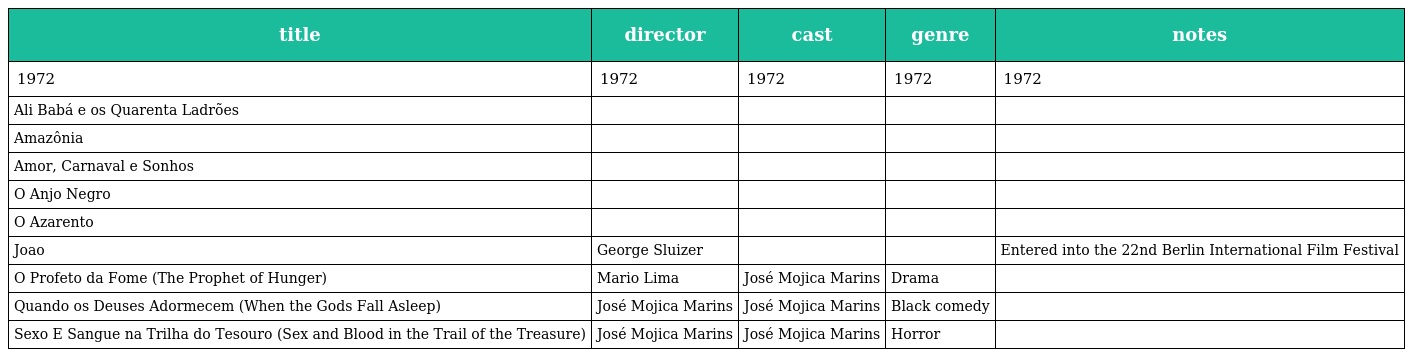
| title | director | cast | genre | notes |
 | --- | --- | --- | --- | --- |
 | 1972 | 1972 | 1972 | 1972 | 1972 |
 | Ali Babá e os Quarenta Ladrões |  |  |  |  |
 | Amazônia |  |  |  |  |
 | Amor, Carnaval e Sonhos |  |  |  |  |
 | O Anjo Negro |  |  |  |  |
 | O Azarento |  |  |  |  |
 | Joao | George Sluizer |  |  | Entered into the 22nd Berlin International Film Festival |
 | O Profeto da Fome (The Prophet of Hunger) | Mario Lima | José Mojica Marins | Drama |  |
 | Quando os Deuses Adormecem (When the Gods Fall Asleep) | José Mojica Marins | José Mojica Marins | Black comedy |  |
 | Sexo E Sangue na Trilha do Tesouro (Sex and Blood in the Trail of the Treasure) | José Mojica Marins | José Mojica Marins | Horror |  |